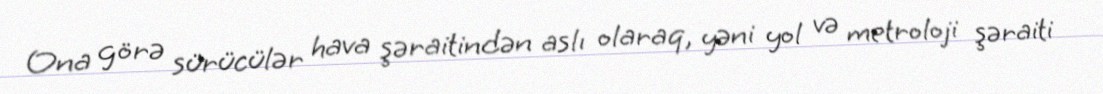
Ona görə sürücülər hava şəraitindən aslı olaraq, yəni yol və metroloji şəraiti